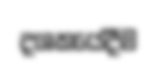
දශකයේදීම